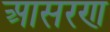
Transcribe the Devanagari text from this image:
आसरण